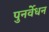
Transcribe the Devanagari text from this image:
पुनर्वेधन